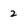
Character: 2